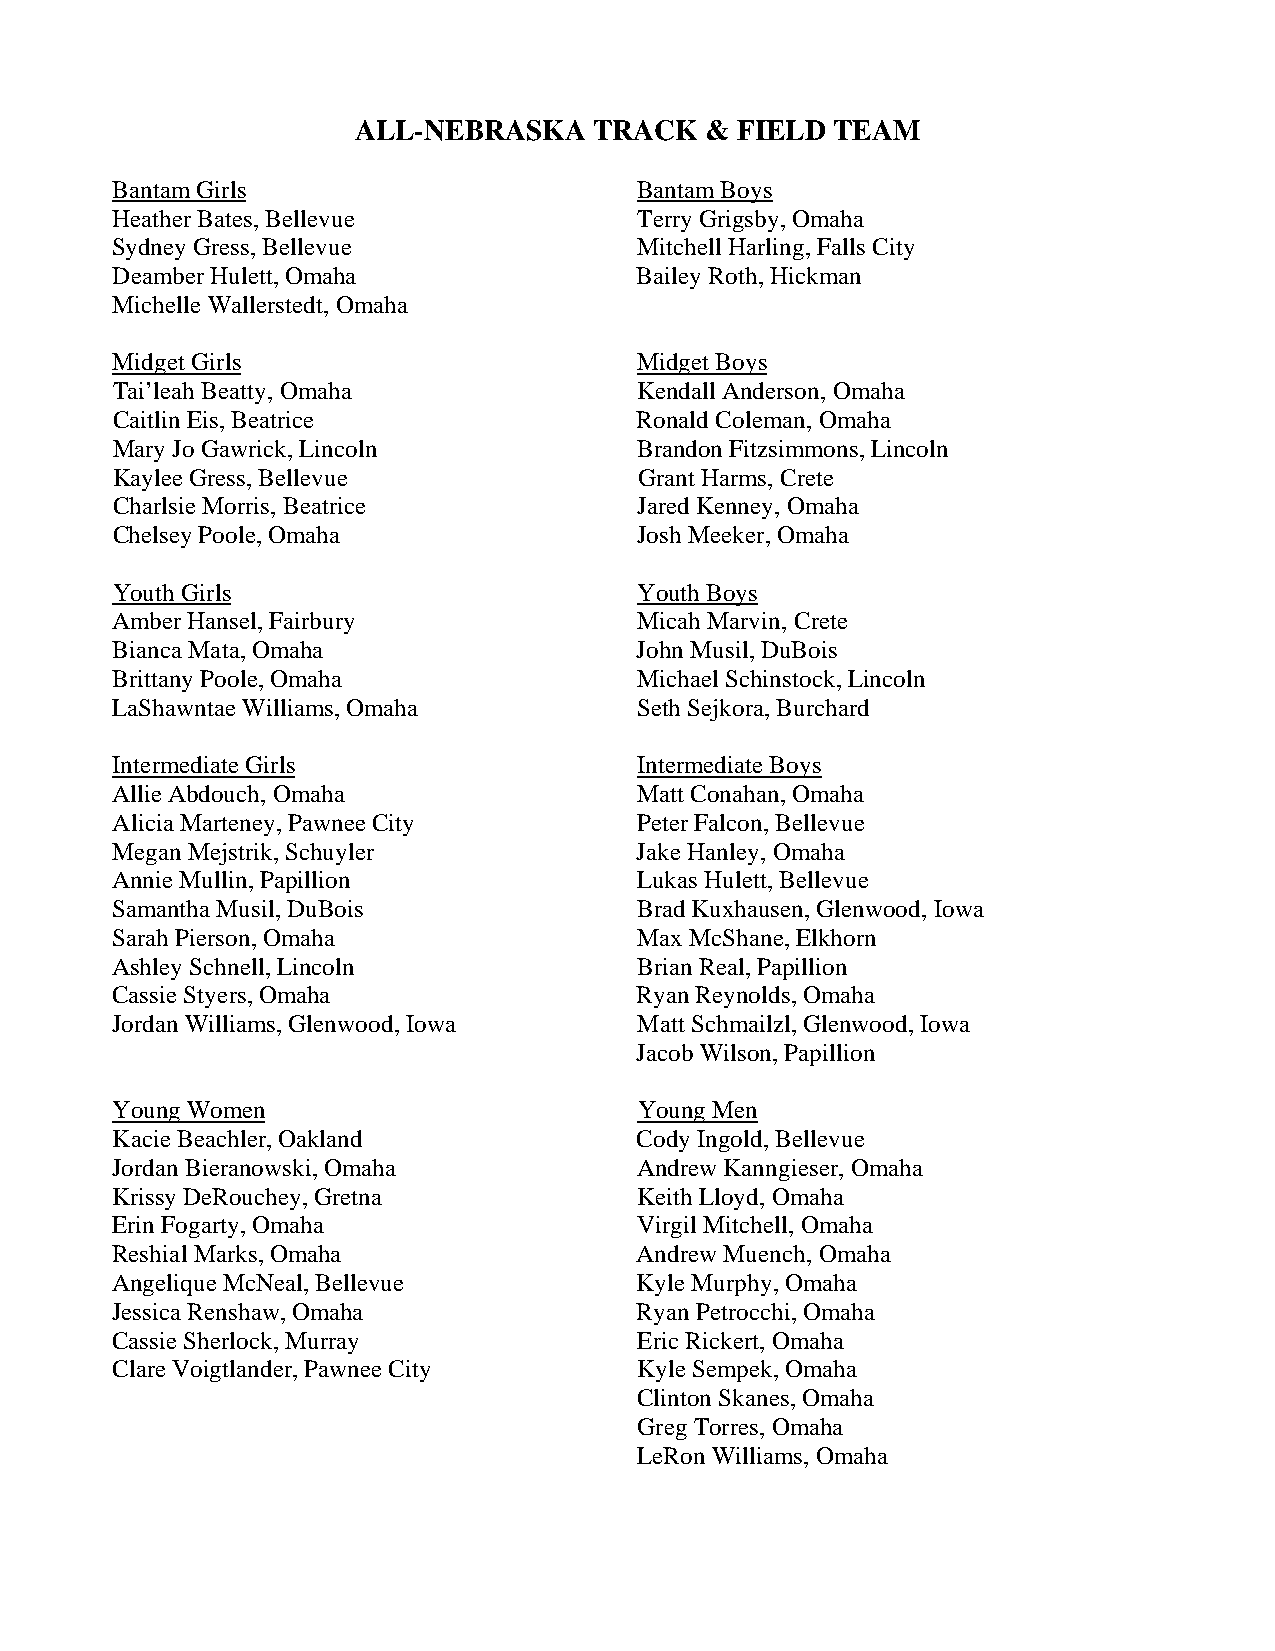
ALL-NEBRASKA    TRACK   & FIELD TEAM
 Bantam Girls                       Bantam Boys
 Heather Bates, Bellevue            Terry Grigsby, Omaha
 Sydney Gress, Bellevue             Mitchell Harling, Falls City
 Deamber Hulett, Omaha              Bailey Roth, Hickman
 Michelle Wallerstedt, Omaha
 Midget Girls                       Midget Boys
 Tai’leah Beatty, Omaha             Kendall Anderson, Omaha
 Caitlin Eis, Beatrice              Ronald Coleman, Omaha
 Mary Jo Gawrick, Lincoln           Brandon Fitzsimmons, Lincoln
 Kaylee Gress, Bellevue             Grant Harms, Crete
 Charlsie Morris, Beatrice          Jared Kenney, Omaha
 Chelsey Poole, Omaha               Josh Meeker, Omaha
 Youth Girls                        Youth Boys
 Amber Hansel, Fairbury             Micah Marvin, Crete
 Bianca Mata, Omaha                 John Musil, DuBois
 Brittany Poole, Omaha              Michael Schinstock, Lincoln
 LaShawntae Williams, Omaha         Seth Sejkora, Burchard
 Intermediate Girls                 Intermediate Boys
 Allie Abdouch, Omaha               Matt Conahan, Omaha
 Alicia Marteney, Pawnee City       Peter Falcon, Bellevue
 Megan Mejstrik, Schuyler           Jake Hanley, Omaha
 Annie Mullin, Papillion            Lukas Hulett, Bellevue
 Samantha Musil, DuBois             Brad Kuxhausen, Glenwood, Iowa
 Sarah Pierson, Omaha               Max McShane, Elkhorn
 Ashley Schnell, Lincoln            Brian Real, Papillion
 Cassie Styers, Omaha               Ryan Reynolds, Omaha
 Jordan Williams, Glenwood, Iowa    Matt Schmailzl, Glenwood, Iowa
 Jacob Wilson, Papillion
 Young Women                        Young Men
 Kacie Beachler, Oakland            Cody Ingold, Bellevue
 Jordan Bieranowski, Omaha          Andrew Kanngieser, Omaha
 Krissy DeRouchey, Gretna           Keith Lloyd, Omaha
 Erin Fogarty, Omaha                Virgil Mitchell, Omaha
 Reshial Marks, Omaha               Andrew Muench, Omaha
 Angelique McNeal, Bellevue         Kyle Murphy, Omaha
 Jessica Renshaw, Omaha             Ryan Petrocchi, Omaha
 Cassie Sherlock, Murray            Eric Rickert, Omaha
 Clare Voigtlander, Pawnee City     Kyle Sempek, Omaha
 Clinton Skanes, Omaha
 Greg Torres, Omaha
 LeRon Williams, Omaha